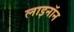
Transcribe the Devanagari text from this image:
लाइनॉन